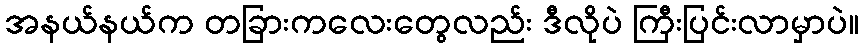
အနယ်နယ်က တခြားကလေးတွေလည်း ဒီလိုပဲ ကြီးပြင်းလာမှာပဲ။